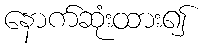
နောက်ဆုံးထား၍